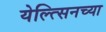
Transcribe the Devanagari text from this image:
येल्त्सिनच्या